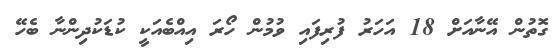
ގޮތުން އޭނާއަށް 18 އަހަރު ފުރިފައި ވުމުން ހޯރަ އިއްބެއަކީ ކުޑަކުދިންނާ ބެހޭ